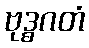
ဗုဒ္ဓဂတံ